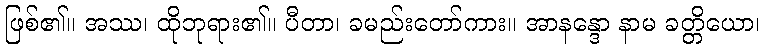
ဖြစ်၏။ အဿ၊ ထိုဘုရား၏။ ပီတာ၊ ခမည်းတော်ကား။ အာနန္ဒော နာမ ခတ္တိယော၊